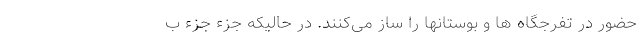
حضور در تفرجگاه ها و بوستانها را ساز می‌کنند. در حالیکه جزء جزء ب